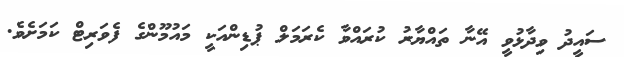
ސައީދު ވިދާޅުވީ އޭނާ ތައްޔާރު ކުރައްވާ ކެރަމަލް ޕުޑިންއަކީ މައުމޫންގެ ފެވަރިޓް ކަމަށެވެ.